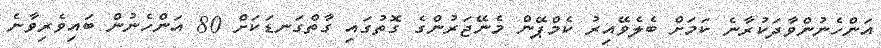
އަންހެނުންވާދަކުރާނެ ކަމަށް ބެލެވޭއިރު ކެމްޕޭން މެނޭޖަރުންގެ ގޮތުގައި ގާތްގަނޑަކަށް 80 އަންހެނުން ބައިވެރިވާނެ